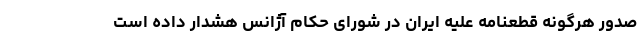
صدور هرگونه قطعنامه علیه ایران در شورای حکام آژانس هشدار داده است